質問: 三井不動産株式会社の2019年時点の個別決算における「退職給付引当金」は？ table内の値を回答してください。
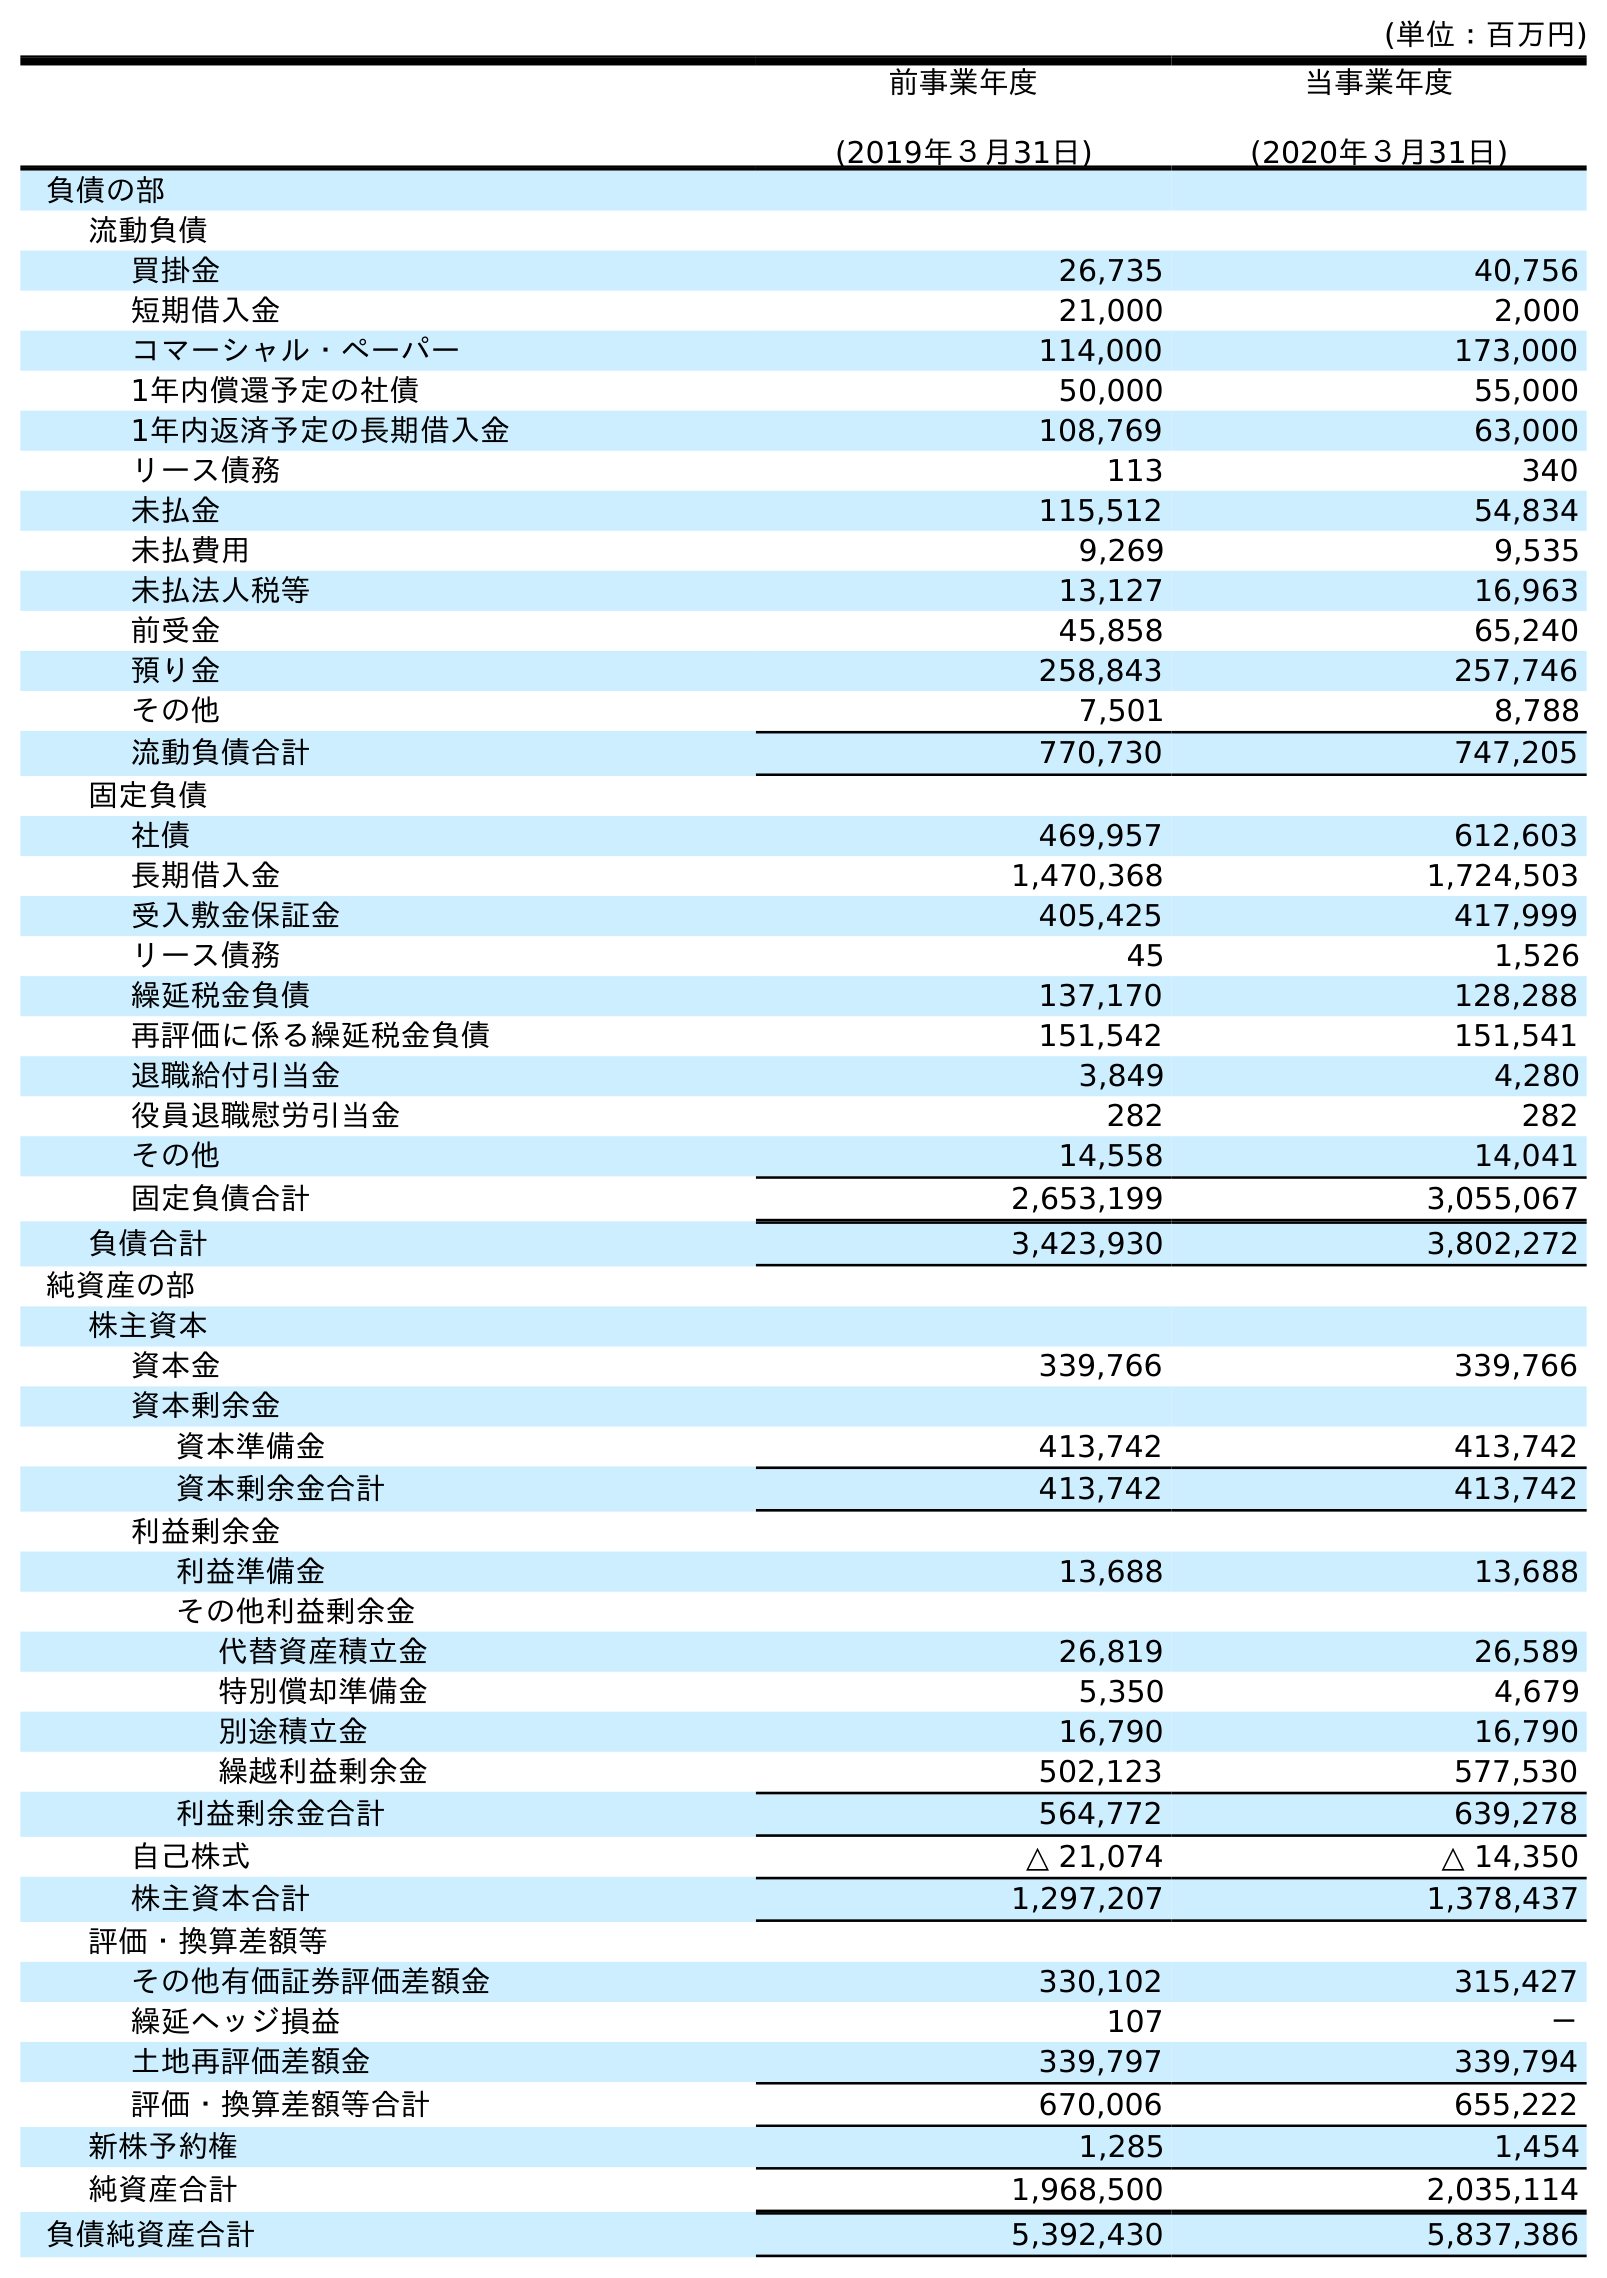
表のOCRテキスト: (単位：百万円) 前事業年度 (2019年３月31日) 当事業年度 (2020年３月31日) 負債の部 流動負債 買掛金 26,735 40,756 短期借入金 21,000 2,000 コマーシャル・ペーパー 114,000 173,000 1年内償還予定の社債 50,000 55,000 1年内返済予定の長期借入金 108,769 63,000 リース債務 113 340 未払金 115,512 54,834 未払費用 9,269 9,535 未払法人税等 13,127 16,963 前受金 45,858 65,240 預り金 258,843 257,746 その他 7,501 8,788 流動負債合計 770,730 747,205 固定負債 社債 469,957 612,603 長期借入金 1,470,368 1,724,503 受入敷金保証金 405,425 417,999 リース債務 45 1,526 繰延税金負債 137,170 128,288 再評価に係る繰延税金負債 151,542 151,541 退職給付引当金 3,849 4,280 役員退職慰労引当金 282 282 その他 14,558 14,041 固定負債合計 2,653,199 3,055,067 負債合計 3,423,930 3,802,272 純資産の部 株主資本 資本金 339,766 339,766 資本剰余金 資本準備金 413,742 413,742 資本剰余金合計 413,742 413,742 利益剰余金 利益準備金 13,688 13,688 その他利益剰余金 代替資産積立金 26,819 26,589 特別償却準備金 5,350 4,679 別途積立金 16,790 16,790 繰越利益剰余金 502,123 577,530 利益剰余金合計 564,772 639,278 自己株式 △ 21,074 △ 14,350 株主資本合計 1,297,207 1,378,437 評価・換算差額等 その他有価証券評価差額金 330,102 315,427 繰延ヘッジ損益 107 － 土地再評価差額金 339,797 339,794 評価・換算差額等合計 670,006 655,222 新株予約権 1,285 1,454 純資産合計 1,968,500 2,035,114 負債純資産合計 5,392,430 5,837,386
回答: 3,849